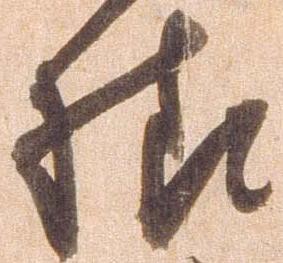
様